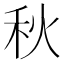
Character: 秋